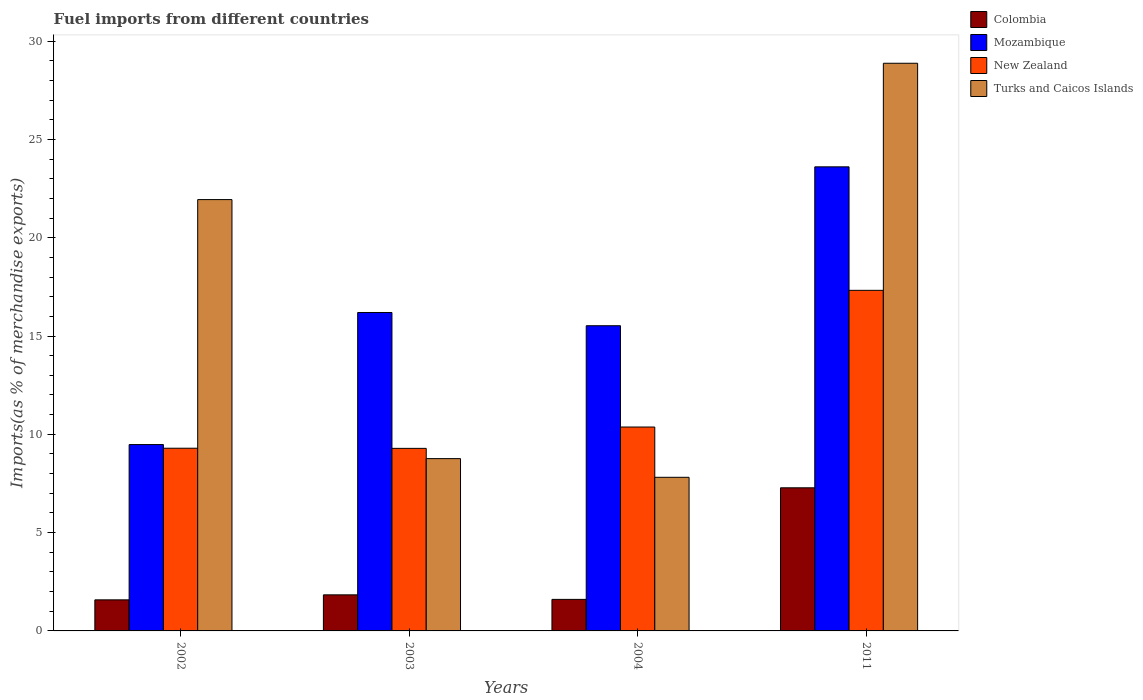
| Years | Colombia | Mozambique | New Zealand | Turks and Caicos Islands |
 | --- | --- | --- | --- | --- |
 | 2002 | 1.58 | 9.48 | 9.29 | 21.9 |
 | 2003 | 1.83 | 16.2 | 9.28 | 8.76 |
 | 2004 | 1.6 | 15.5 | 10.4 | 7.81 |
 | 2011 | 7.28 | 23.6 | 17.3 | 28.9 |